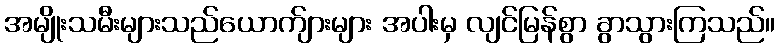
အမျိုးသမီးများသည်ယောက်ျားများ အပါးမှ လျင်မြန်စွာ ခွာသွားကြသည်။